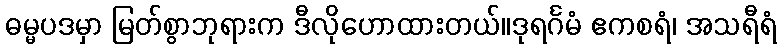
ဓမ္မပဒမှာ မြတ်စွာဘုရားက ဒီလိုဟောထားတယ်။ဒုရင်္ဂမံ ဧကစရံ၊ အသရီရံ